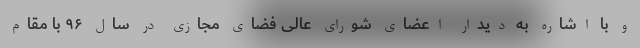
و با اشاره به دیدار اعضای شورای عالی فضای مجازی در سال ۹۶ با مقام